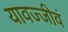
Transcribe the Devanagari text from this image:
यावज्जीवं